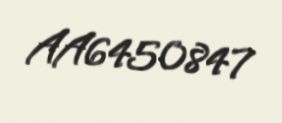
AA6450847